Leaving Certificate Examination (including Day School Certificate (Higher) General paper), 1937
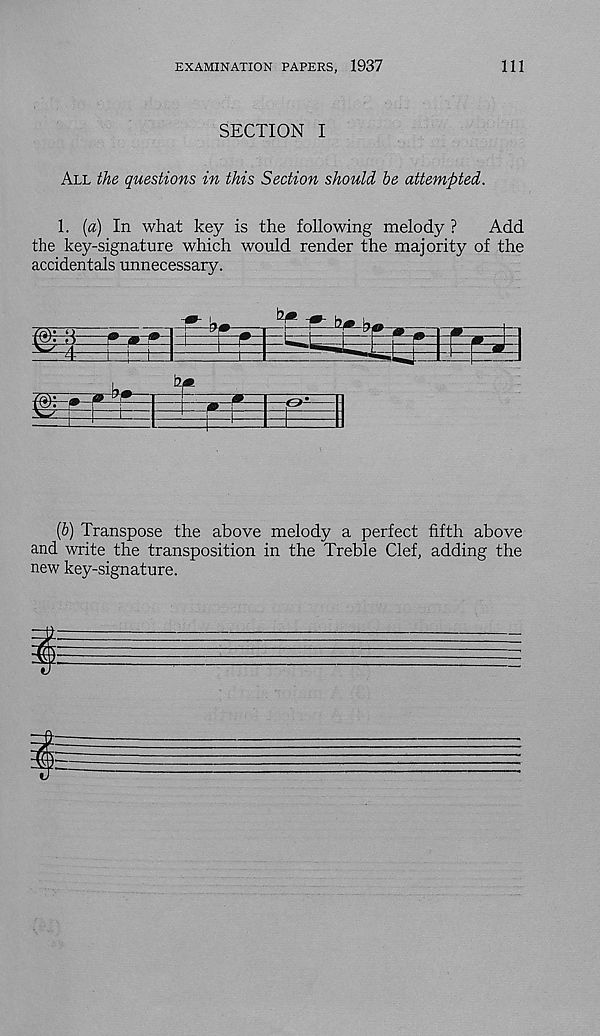
EXAMINATION PAPERS, 1937
111
SECTION I
All the questions in this Section should be attempted.
1. (a) In what key is the following melody ?
Add
the key-signature which would render the majority of the
accidentals unnecessary.
dm
rj •
(b) Transpose the above melody a perfect fifth above
and write the transposition in the Treble Clef, adding the
new key-signature.